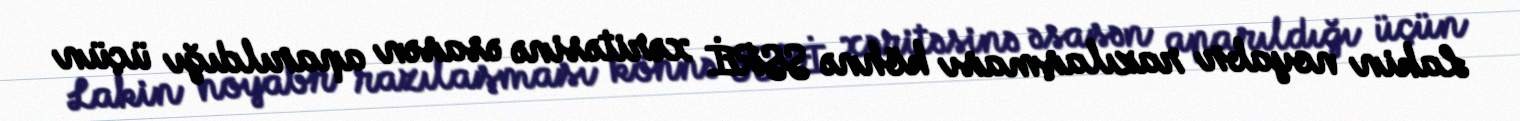
Lakin noyabr razılaşması köhnə SSRİ xəritəsinə əsasən aparıldığı üçün